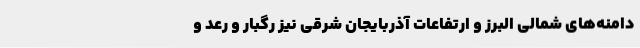
دامنه‌های شمالی البرز و ارتفاعات آذربایجان شرقی نیز رگبار و رعد و